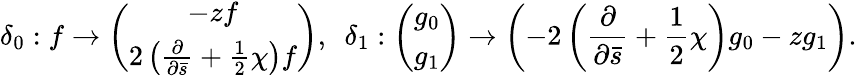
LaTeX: \delta_{0}:f\rightarrow\left(\begin{array}{c}{{-zf}}\\ {{2\left(\frac{\partial}{\partial\bar{s}}+\frac{1}{2}\chi\right)f}}\end{array}\right),\ \ \delta_{1}:\left(\begin{array}{c}{{g_{0}}}\\ {{g_{1}}}\end{array}\right)\rightarrow\left(-2\left(\frac{\partial}{\partial\bar{s}}+\frac{1}{2}\chi\right)g_{0}-zg_{1}\right).